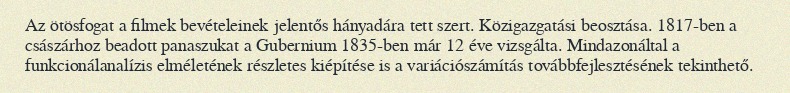
Az ötösfogat a filmek bevételeinek jelentős hányadára tett szert. Közigazgatási beosztása. 1817-ben a császárhoz beadott panaszukat a Gubernium 1835-ben már 12 éve vizsgálta. Mindazonáltal a funkcionálanalízis elméletének részletes kiépítése is a variációszámítás továbbfejlesztésének tekinthető.